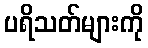
ပရိသတ်များကို